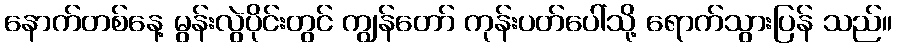
နောက်တစ်နေ့ မွန်းလွဲပိုင်းတွင် ကျွန်တော် ကုန်းပတ်ပေါ်သို့ ရောက်သွားပြန် သည်။